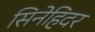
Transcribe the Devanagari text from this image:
सिनेहिदर